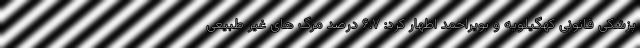
پزشکی قانونی کهگیلویه و بویراحمد اظهار کرد: ۶.۷ درصد مرگ های غیر طبیعی